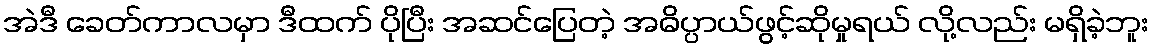
အဲဒီ ခေတ်ကာလမှာ ဒီထက် ပိုပြီး အဆင်ပြေတဲ့ အဓိပ္ပာယ်ဖွင့်ဆိုမှုရယ် လို့လည်း မရှိခဲ့ဘူး